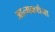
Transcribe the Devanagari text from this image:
आत्मकथेचा